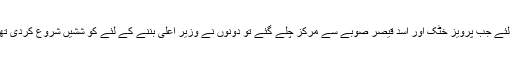
اس لئے جب پرویز خٹک اور اسد قیصر صوبے سے مرکز چلے گئے تو دونوں نے وزیر اعلی بننے کے لئے کو ششیں شروع کردی تھیں۔